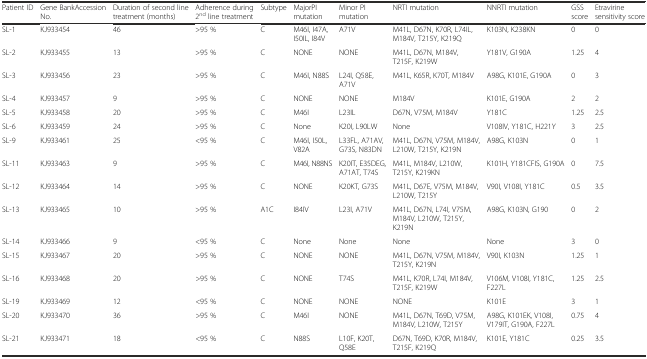
<table><thead><tr><td><b>Patient ID</b></td><td><b>Gene BankAccession No.</b></td><td><b>Duration of second line treatment (months)</b></td><td><b>Adherence during 2<sup>nd</sup> line treatment</b></td><td><b>Subtype</b></td><td><b>MajorPI mutation</b></td><td><b>Minor PI mutation</b></td><td><b>NRTI mutation</b></td><td><b>NNRTI mutation</b></td><td><b>GSS score</b></td><td><b>Etravirine sensitivity score</b></td></tr></thead><tbody><tr><td>SL-1</td><td>KJ933454</td><td>46</td><td>&gt;95 %</td><td>C</td><td>M46I, I47A, I50IL, I84V</td><td>A71V</td><td>M41L, D67N, K70R, L74IL, M184V, T215Y, K219Q</td><td>K103N, K238KN</td><td>0</td><td>0</td></tr><tr><td>SL-2</td><td>KJ933455</td><td>13</td><td>&gt;95 %</td><td>C</td><td>NONE</td><td>NONE</td><td>M41L, D67N, M184V, T215F, K219W</td><td>Y181V, G190A</td><td>1.25</td><td>4</td></tr><tr><td>SL-3</td><td>KJ933456</td><td>23</td><td>&gt;95 %</td><td>C</td><td>M46I, N88S</td><td>L24I, Q58E, A71V</td><td>M41L, K65R, K70T, M184V</td><td>A98G, K101E, G190A</td><td>0</td><td>3</td></tr><tr><td>SL-4</td><td>KJ933457</td><td>9</td><td>&gt;95 %</td><td>C</td><td>NONE</td><td>NONE</td><td>M184V</td><td>K101E, G190A</td><td>2</td><td>2</td></tr><tr><td>SL-5</td><td>KJ933458</td><td>20</td><td>&gt;95 %</td><td>C</td><td>M46I</td><td>L23IL</td><td>D67N, V75M, M184V</td><td>Y181C</td><td>1.25</td><td>2.5</td></tr><tr><td>SL-6</td><td>KJ933459</td><td>24</td><td>&gt;95 %</td><td>C</td><td>None</td><td>K20I, L90LW</td><td>None</td><td>V108IV, Y181C, H221Y</td><td>3</td><td>2.5</td></tr><tr><td>SL-9</td><td>KJ933461</td><td>25</td><td>&lt;95 %</td><td>C</td><td>M46I, I50L, V82A</td><td>L33FL, A71AV, G73S, N83DN</td><td>M41L, D67N, V75M, M184V, L210W, T215Y, K219N</td><td>A98G, K103N</td><td>0</td><td>1</td></tr><tr><td>SL-11</td><td>KJ933463</td><td>9</td><td>&gt;95 %</td><td>C</td><td>M46I, N88NS</td><td>K20IT, E35DEG, A71AT, T74S</td><td>M41L, M184V, L210W, T215Y, K219KN</td><td>K101H, Y181CFIS, G190A</td><td>0</td><td>7.5</td></tr><tr><td>SL-12</td><td>KJ933464</td><td>14</td><td>&gt;95 %</td><td>C</td><td>NONE</td><td>K20KT, G73S</td><td>M41L, D67E, V75M, M184V, L210W, T215Y</td><td>V90I, V108I, Y181C</td><td>0.5</td><td>3.5</td></tr><tr><td>SL-13</td><td>KJ933465</td><td>10</td><td>&gt;95 %</td><td>A1C</td><td>I84IV</td><td>L23I, A71V</td><td>M41L, D67N, L74I, V75M, M184V, L210W, T215Y, K219N</td><td>A98G, K103N, G190</td><td>0</td><td>2</td></tr><tr><td>SL-14</td><td>KJ933466</td><td>9</td><td>&lt;95 %</td><td>C</td><td>None</td><td>None</td><td>None</td><td>None</td><td>3</td><td>0</td></tr><tr><td>SL-15</td><td>KJ933467</td><td>20</td><td>&gt;95 %</td><td>C</td><td>NONE</td><td>NONE</td><td>M41L, D67N, V75M, M184V, T215Y, K219N</td><td>V90I, K103N</td><td>1.25</td><td>1</td></tr><tr><td>SL-16</td><td>KJ933468</td><td>20</td><td>&gt;95 %</td><td>C</td><td>NONE</td><td>T74S</td><td>M41L, K70R, L74I, M184V, T215F, K219W</td><td>V106M, V108I, Y181C, F227L</td><td>1.25</td><td>2.5</td></tr><tr><td>SL-19</td><td>KJ933469</td><td>12</td><td>&lt;95 %</td><td>C</td><td>NONE</td><td>NONE</td><td>NONE</td><td>K101E</td><td>3</td><td>1</td></tr><tr><td>SL-20</td><td>KJ933470</td><td>36</td><td>&gt;95 %</td><td>C</td><td>M46I</td><td>NONE</td><td>M41L, D67N, T69D, V75M, M184V, L210W, T215Y</td><td>A98G, K101EK, V108I, V179IT, G190A, F227L</td><td>0.75</td><td>4</td></tr><tr><td>SL-21</td><td>KJ933471</td><td>18</td><td>&lt;95 %</td><td>C</td><td>N88S</td><td>L10F, K20T, Q58E</td><td>D67N, T69D, K70R, M184V, T215F, K219Q</td><td>K101E, Y181C</td><td>0.25</td><td>3.5</td></tr></tbody></table>